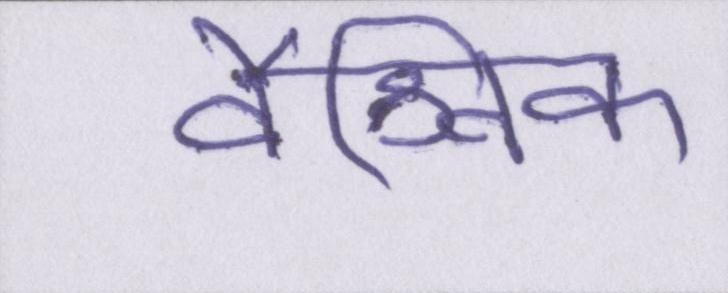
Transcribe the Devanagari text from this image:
वैश्विक